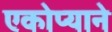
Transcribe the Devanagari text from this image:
एकोप्याने